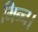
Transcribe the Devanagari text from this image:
भिन्‍न।